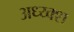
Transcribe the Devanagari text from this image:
अध्य्क्श